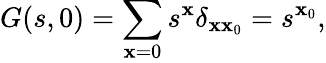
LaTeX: G(s,0)=\sum_{\mathbf{x}=0}s^{\mathbf{x}}\delta_{\mathbf{x}\mathbf{x}_{0}}=s^{\mathbf{x}_{0}},